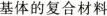
基体的复合材料